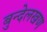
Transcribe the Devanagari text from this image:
बुन्देलखण